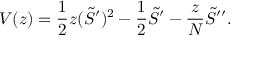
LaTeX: V ( z ) = \frac 1 2 z ( \tilde { S } ^ { \prime } ) ^ { 2 } - \frac 1 2 \tilde { S } ^ { \prime } - \frac z N \tilde { S } ^ { \prime \prime } .